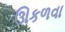
ઊકળવા